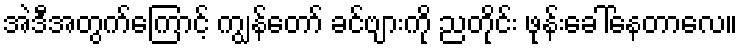
အဲဒီအတွက်ကြောင့် ကျွန်တော် ခင်ဗျားကို ညတိုင်း ဖုန်းခေါ်နေတာလေ။